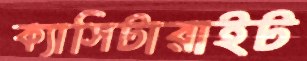
ক্যাসিটারাইট